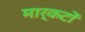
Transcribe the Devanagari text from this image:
मार्कटों